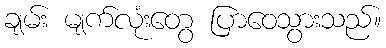
ချမ်း မျက်လုံးတွေ ပြာဝေသွားသည်။